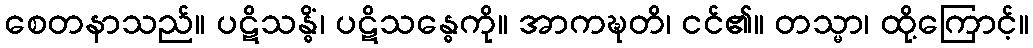
စေတနာသည်။ ပဋိသန္ဓိံ၊ ပဋိသန္ဓေကို။ အာကဍ္ဎတိ၊ ငင်၏။ တသ္မာ၊ ထို့ကြောင့်။